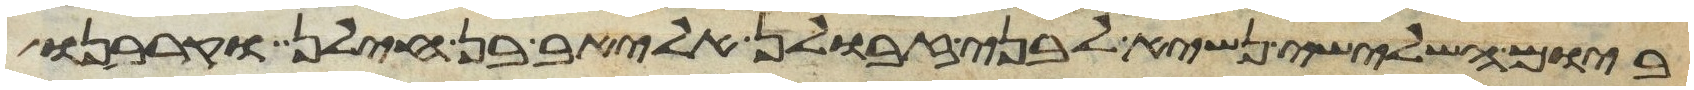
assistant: ביום השלישי נשיא לבני זבולן אליאב בן חילן וקרבנו